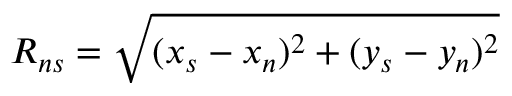
R _ { n s } = \sqrt { ( x _ { s } - x _ { n } ) ^ { 2 } + ( y _ { s } - y _ { n } ) ^ { 2 } }